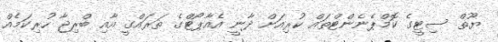
ޔޫތް ސިޓީގެ ކޮމްޕެނެންޓްތައް ކުރިއަށް ދާނީ އެއާޕޯޓްގެ ތަރައްގީ އާއި ބްރިޖާ ހުރިކަމެއް